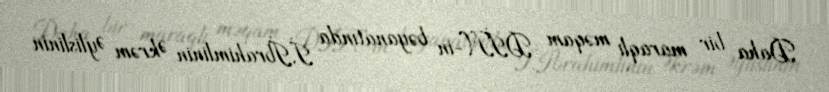
Daha bir maraqlı məqam DİN-in bəyanatında İ.İbrahimlinin Əkrəm Əylislinin